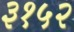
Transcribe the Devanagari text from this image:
३१५२